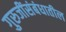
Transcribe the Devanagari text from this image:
गुरुजींसंबंधातील